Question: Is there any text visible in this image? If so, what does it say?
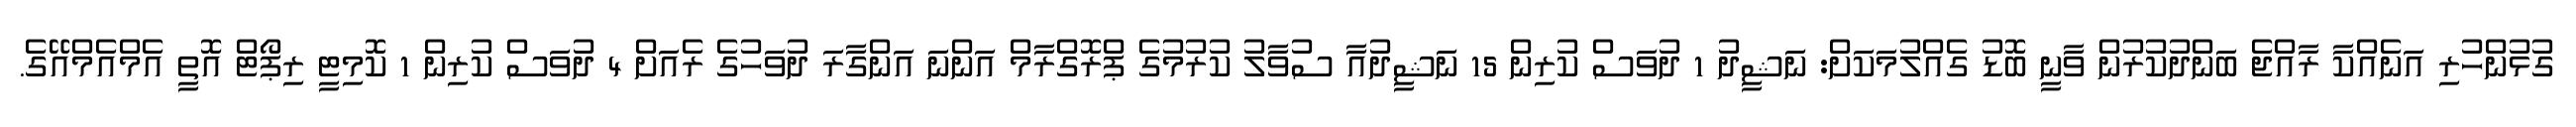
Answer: ގުޅުންހުރި އަނެއްކާ ރާއްޖެ ބަންދުކުރުން ވާނީ ބޮޑު ގެއްލުމަކަށް: ނަޝީދު 1 ދުވަސް ކުރިން 15 ނަޝީދުއާ ސުވާލު ކުރުމުގެ ޕްރޮގްރާމް އަންނަ އަންގާރަ ދުވަހުގެ ރެއަށް 4 ދުވަސް ކުރިން 1 ކޮމިޓީ ރިޕޯޓް އޮތީ އެމްއެމްއޭގެ.